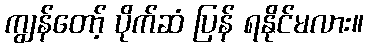
ကျွန်တော့် ပိုက်ဆံ ပြန် ရနိုင်မလား။